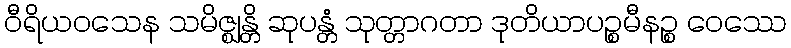
ဝီရိယဝသေန သမိဇ္ဈန္တိ ဆုပန္တံ သုတ္တာဂတာ ဒုတိယာပဉ္စမီနဉ္စ ဝေဿေ